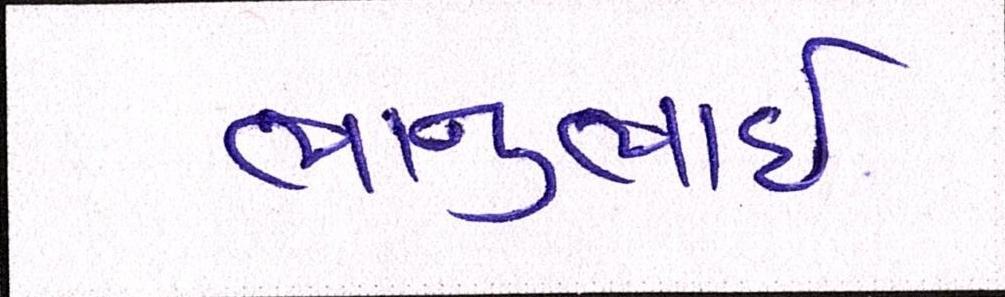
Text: ભાનુભાઈ